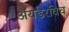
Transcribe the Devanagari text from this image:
ॲयडेरविच